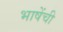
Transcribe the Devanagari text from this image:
भाषेंची